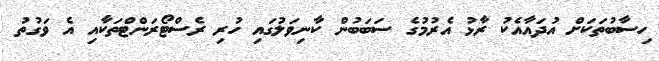
ހިސާބުތަކަށް އުދައާއެކު ރާޅު އެރުމުގެ ސަބަބުން ކާނިވަލުގައި ހުރި ރެސްޓޯރަންޓްތަކާއި އެ ވަގުުތު